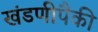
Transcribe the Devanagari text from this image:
खंडणीपैकी